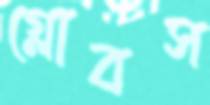
গ্লোবস